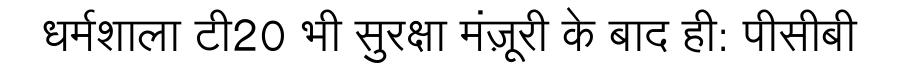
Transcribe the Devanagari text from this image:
धर्मशाला टी20 भी सुरक्षा मंज़ूरी के बाद ही: पीसीबी